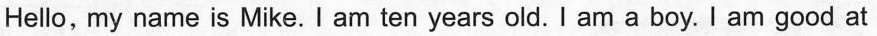
Hello, my name is Mike. I am ten years old.I am a boy.I am good at